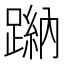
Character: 𨃺